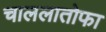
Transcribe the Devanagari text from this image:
चाललातोफा